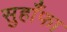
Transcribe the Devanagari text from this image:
सुहाँफा